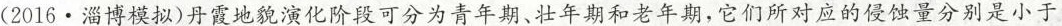
(2016·淄博模拟)丹霞地貌演化阶段可分为青年期、壮年期和老年期，它们所对应的侵蚀量分别是小于